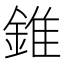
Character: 錐